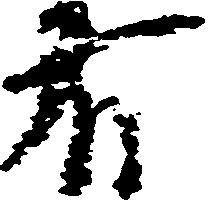
有